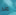
منذ